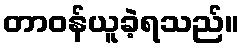
တာဝန်ယူခဲ့ရသည်။